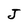
Character: J